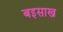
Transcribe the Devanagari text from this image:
बइसाख